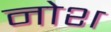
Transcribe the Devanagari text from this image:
नोश